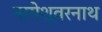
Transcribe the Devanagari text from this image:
नागेश्वरनाथ